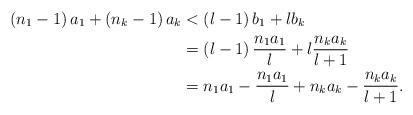
LaTeX: \begin{align*}\left( n_{1}-1\right) a_{1}+\left( n_{k}-1\right) a_{k} & <\left(l-1\right) b_{1}+lb_{k}\\& =\left( l-1\right) \frac{n_{1}a_{1}}{l}+l\frac{n_{k}a_{k}}{l+1}\\& =n_{1}a_{1}-\frac{n_{1}a_{1}}{l}+n_{k}a_{k}-\frac{n_{k}a_{k}}{l+1}.\end{align*}